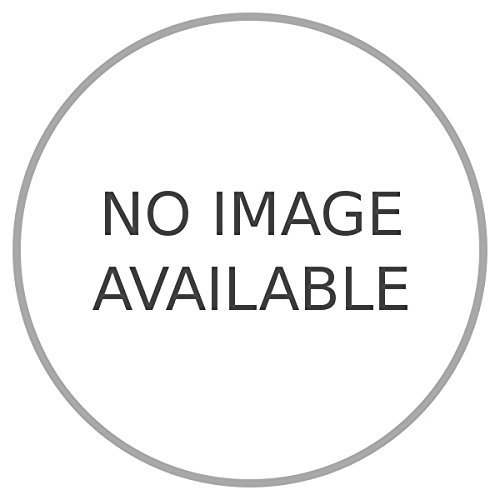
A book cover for I vulcani di El Salvador.; SANDOVAL A. -; Travel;